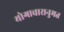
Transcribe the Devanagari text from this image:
योगाचारानुमत